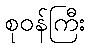
စုဝန်ကြီး